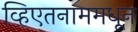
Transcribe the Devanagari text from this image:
व्हिएतनाममधून